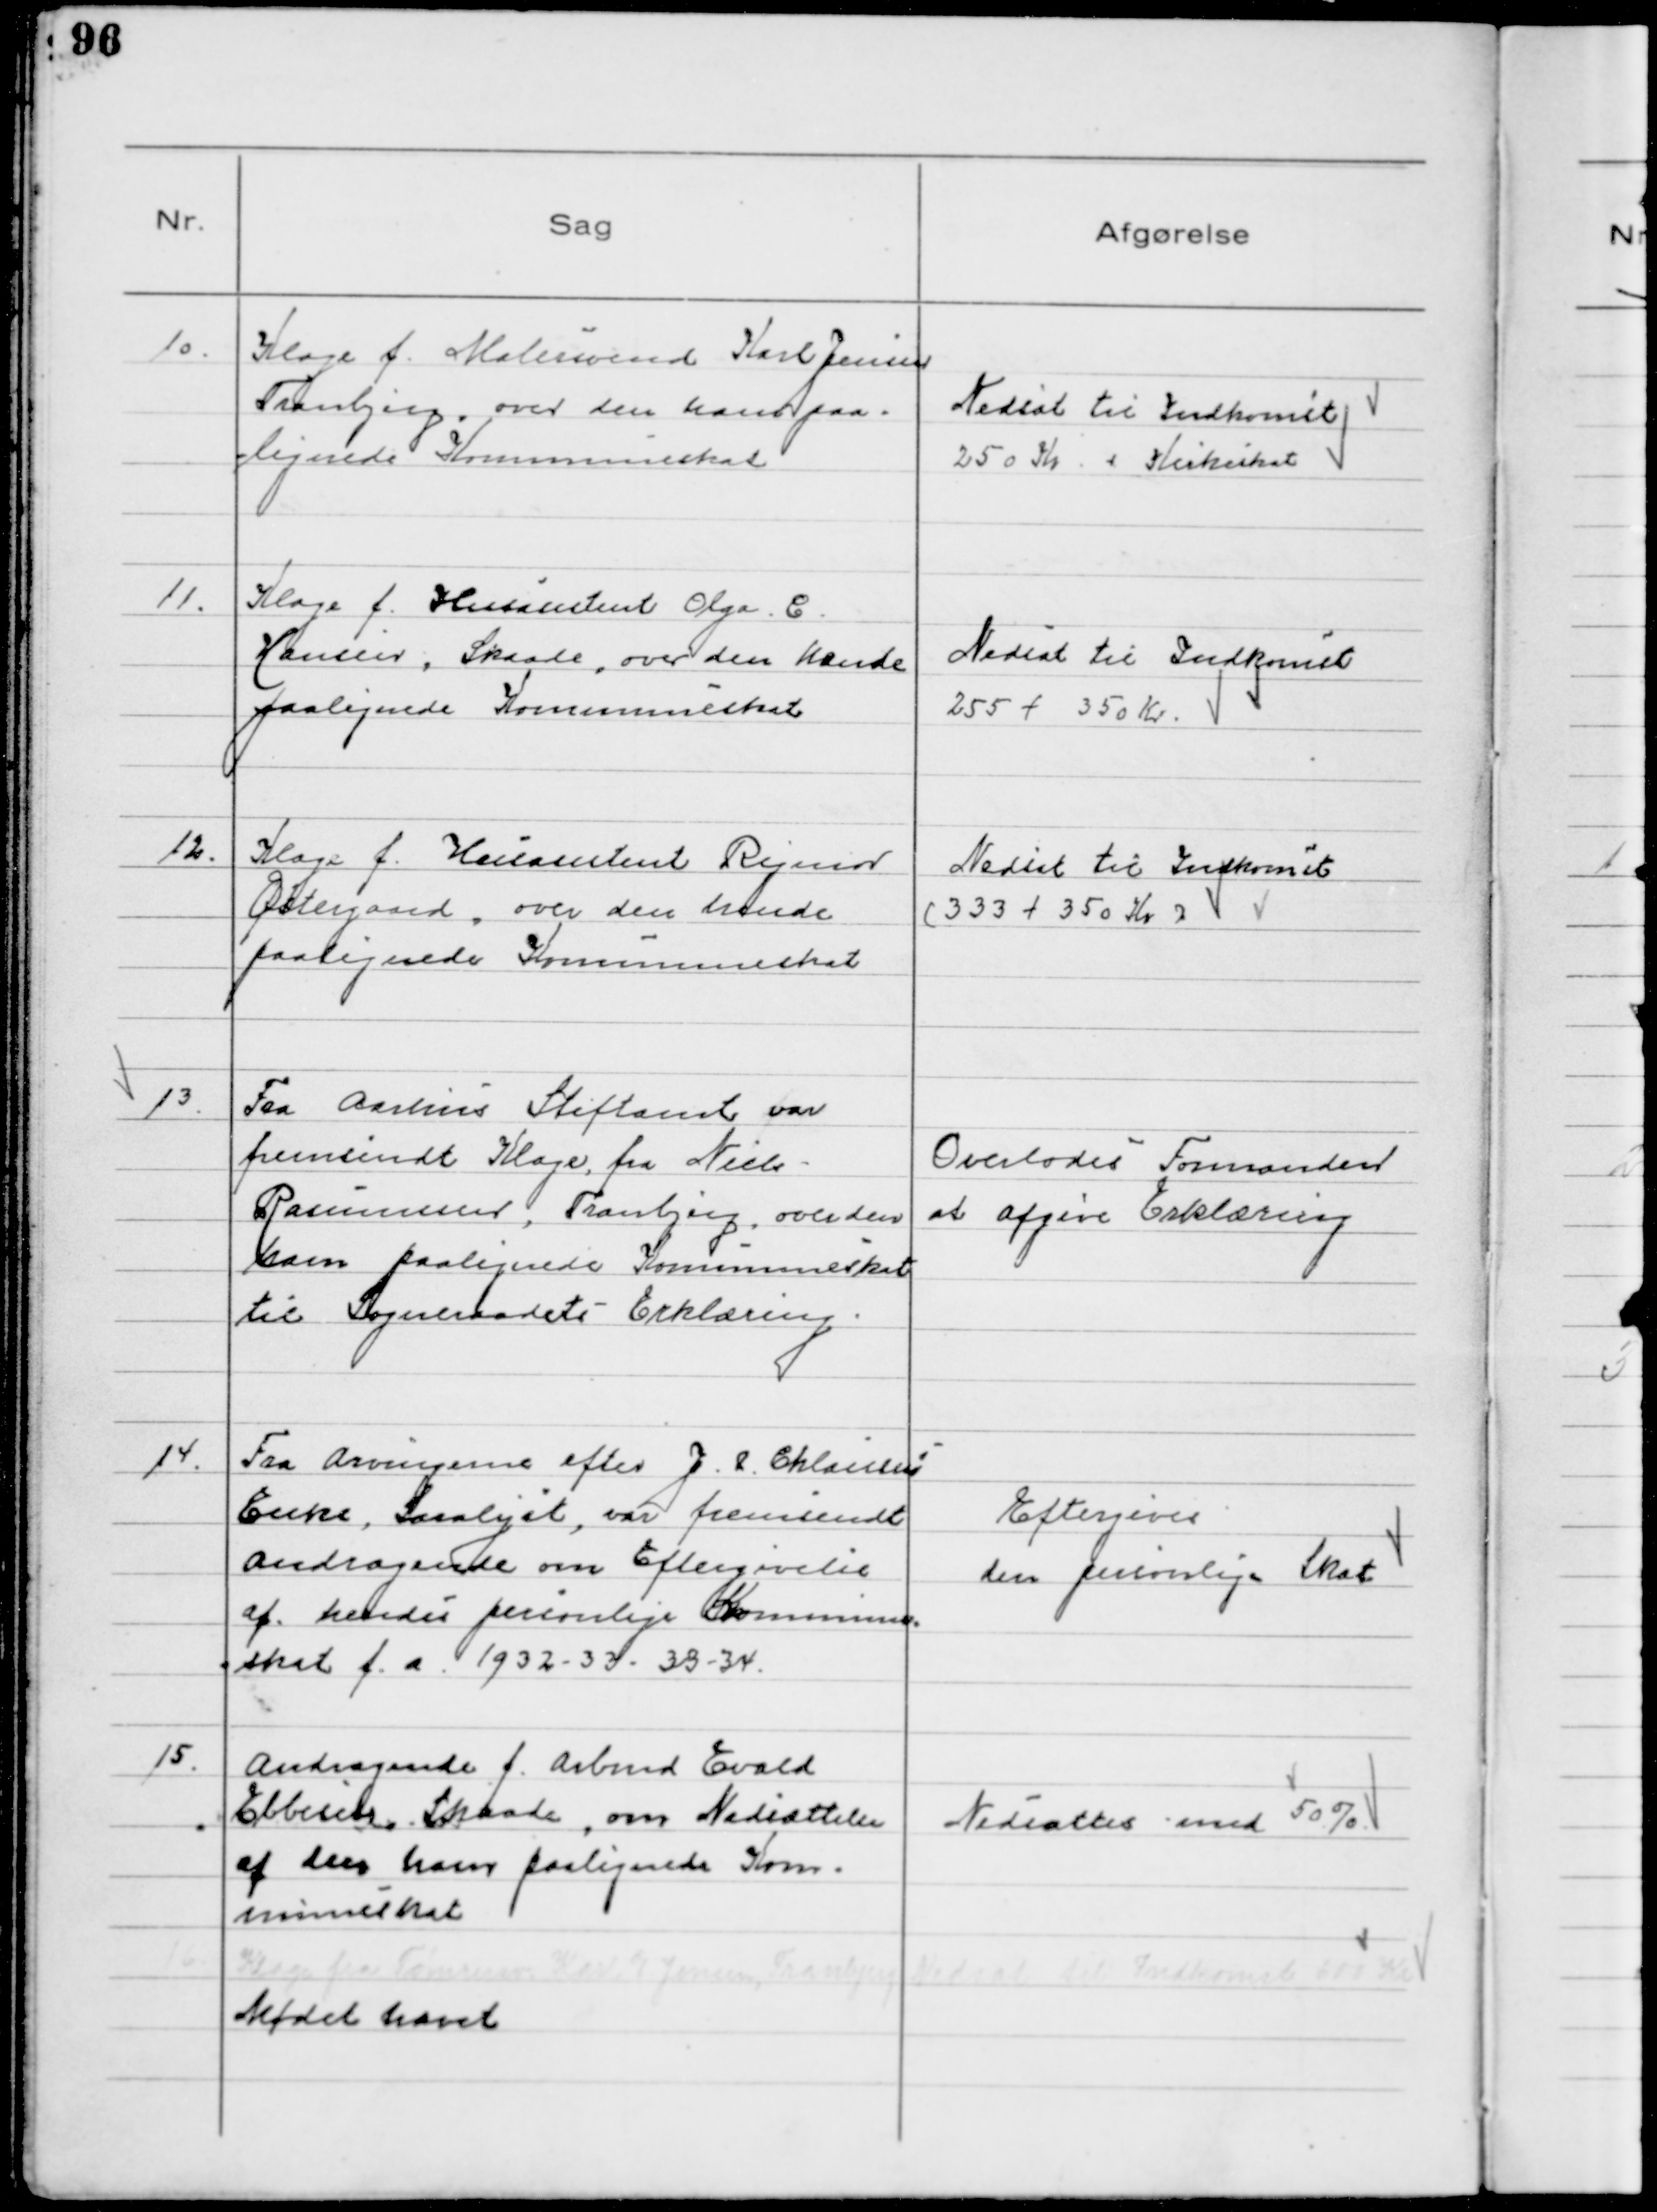
Transskription:
10.
Klage f. Malersvend Karl Jensen
Tranbjerg, over den ham paa.
lignede Kommuneskat

Nedsat til Indkomst
250 Kr + Kirkeskat

11.
Klage f. Husasistent Olga C
Hansen, Skaade, over den hende
paalignede Kommuneskat

Nedsat til Indkomst
255 + 350 Kr.

12.
Klage f. Husasistent Rigmor
Østergaard, over den hende
paalignede Kommuneskat

Nedsat til Indkomst
(333 + 350 Kr)

13.
Fra Aarhus Stiftamt var
fremsendt Klage, fra Niels
Rasmussen, Tranbjerg, over den
ham paalignede Kommuneskat
til Sogneraadets Erklæring

Overlodes Formanden
at afgive Erklæring

14.
Fra Arvingerne efter J P Chlausens
Enke, Saralyst, var fremsendt
andragende om Eftergivelse
af hendes personlige Kommune
skat f. a. 1932 - 33 - 33 - 34,

Eftergives
den personlige Skat

15.
Andragende f. Arbmd Evald
Ebbesen, Skaade, om Nedsættelse
af den ham paalignede Kom-
muneskat

Nedsattes med 50%

16
Klage fra Tømreren Karl E Jensen, Tranbjerg

Nedsat til Indkomst 600 Kr

Mødet hævet